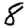
Digit: 8